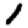
Digit: 1